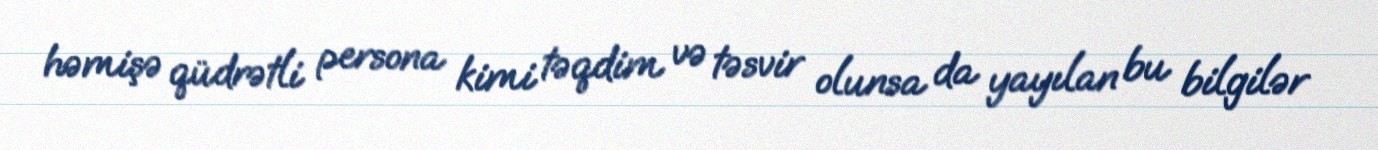
həmişə qüdrətli persona kimi təqdim və təsvir olunsa da yayılan bu bilgilər